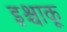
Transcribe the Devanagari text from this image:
इश्चाकू